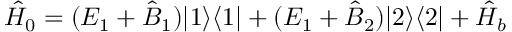
\hat { H } _ { 0 } = ( E _ { 1 } + \hat { B } _ { 1 } ) | 1 \rangle \langle 1 | + ( E _ { 1 } + \hat { B } _ { 2 } ) | 2 \rangle \langle 2 | + \hat { H } _ { b }